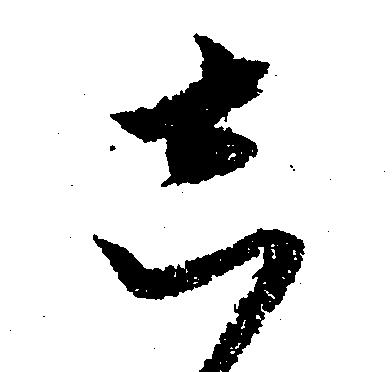
し